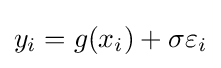
y_{i}=g(x_{i})+\sigma \varepsilon _{i}